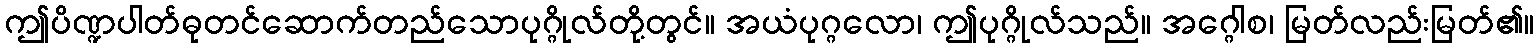
ဤပိဏ္ဍပါတ်ဓုတင်ဆောက်တည်သောပုဂ္ဂိုလ်တို့တွင်။ အယံပုဂ္ဂလော၊ ဤပုဂ္ဂိုလ်သည်။ အဂ္ဂေါစ၊ မြတ်လည်းမြတ်၏။